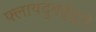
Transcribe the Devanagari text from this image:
फ्लायदुबईद्वारे